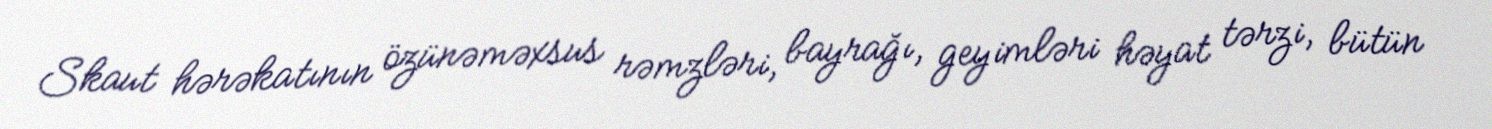
Skaut hərəkatının özünəməxsus rəmzləri, bayrağı, geyimləri həyat tərzi, bütün